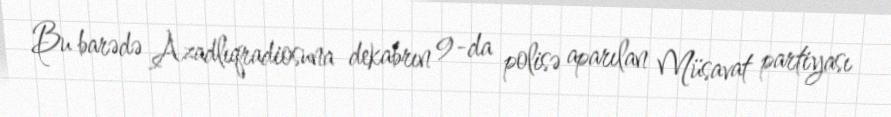
Bu barədə Azadlıqradiosuna dekabrın 9-da polisə aparılan Müsavat partiyası